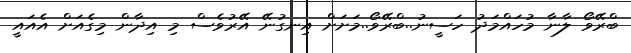
ބްރޭވޯ ލާނާ މުހައްމަދު ހަސީނު..ބްރޭވޯ..މަށަށް އިނގުނޭ އޭރުވެސް މި އިދާން މިގެއަށް އެއައީ